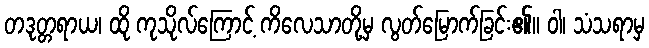
တဒုတ္တရာယ၊ ထို ကုသိုလ်ကြောင့် ကိလေသာတို့မှ လွတ်မြောက်ခြင်း၏။ ဝါ၊ သံသရာမှ